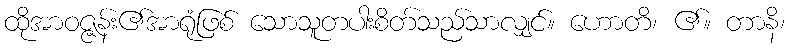
ထိုအာဝဇ္ဇန်း၏အာရုံဖြစ် သောသူတပါးစိတ်သည်သာလျှင်။ ဟောတိ၊ ၏။ တာနိ၊